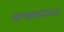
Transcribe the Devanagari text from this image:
पाण्डवस्ततः॥